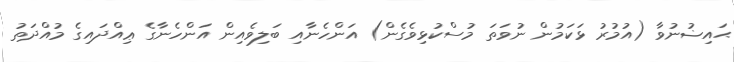
ޙައިޟުނުވާ (އުމުރު ޅަކަމުން ނުވަތަ މުސްކުޅިވެގެން) އަންހެނާއި ބަލިވެއިން އަންހެނާގެ ޢިއްދައިގެ މުއްދަތު